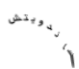
ساندويتش